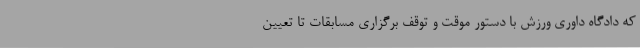
که دادگاه داوری ورزش با دستور موقت و توقف برگزاری مسابقات تا تعیین